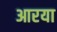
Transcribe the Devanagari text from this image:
आरया